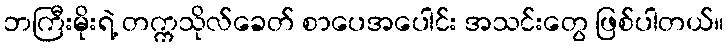
ဘကြီးမိုးရဲ့ တက္ကသိုလ်ခေတ် စာပေအပေါင်း အသင်းတွေ ဖြစ်ပါတယ်။